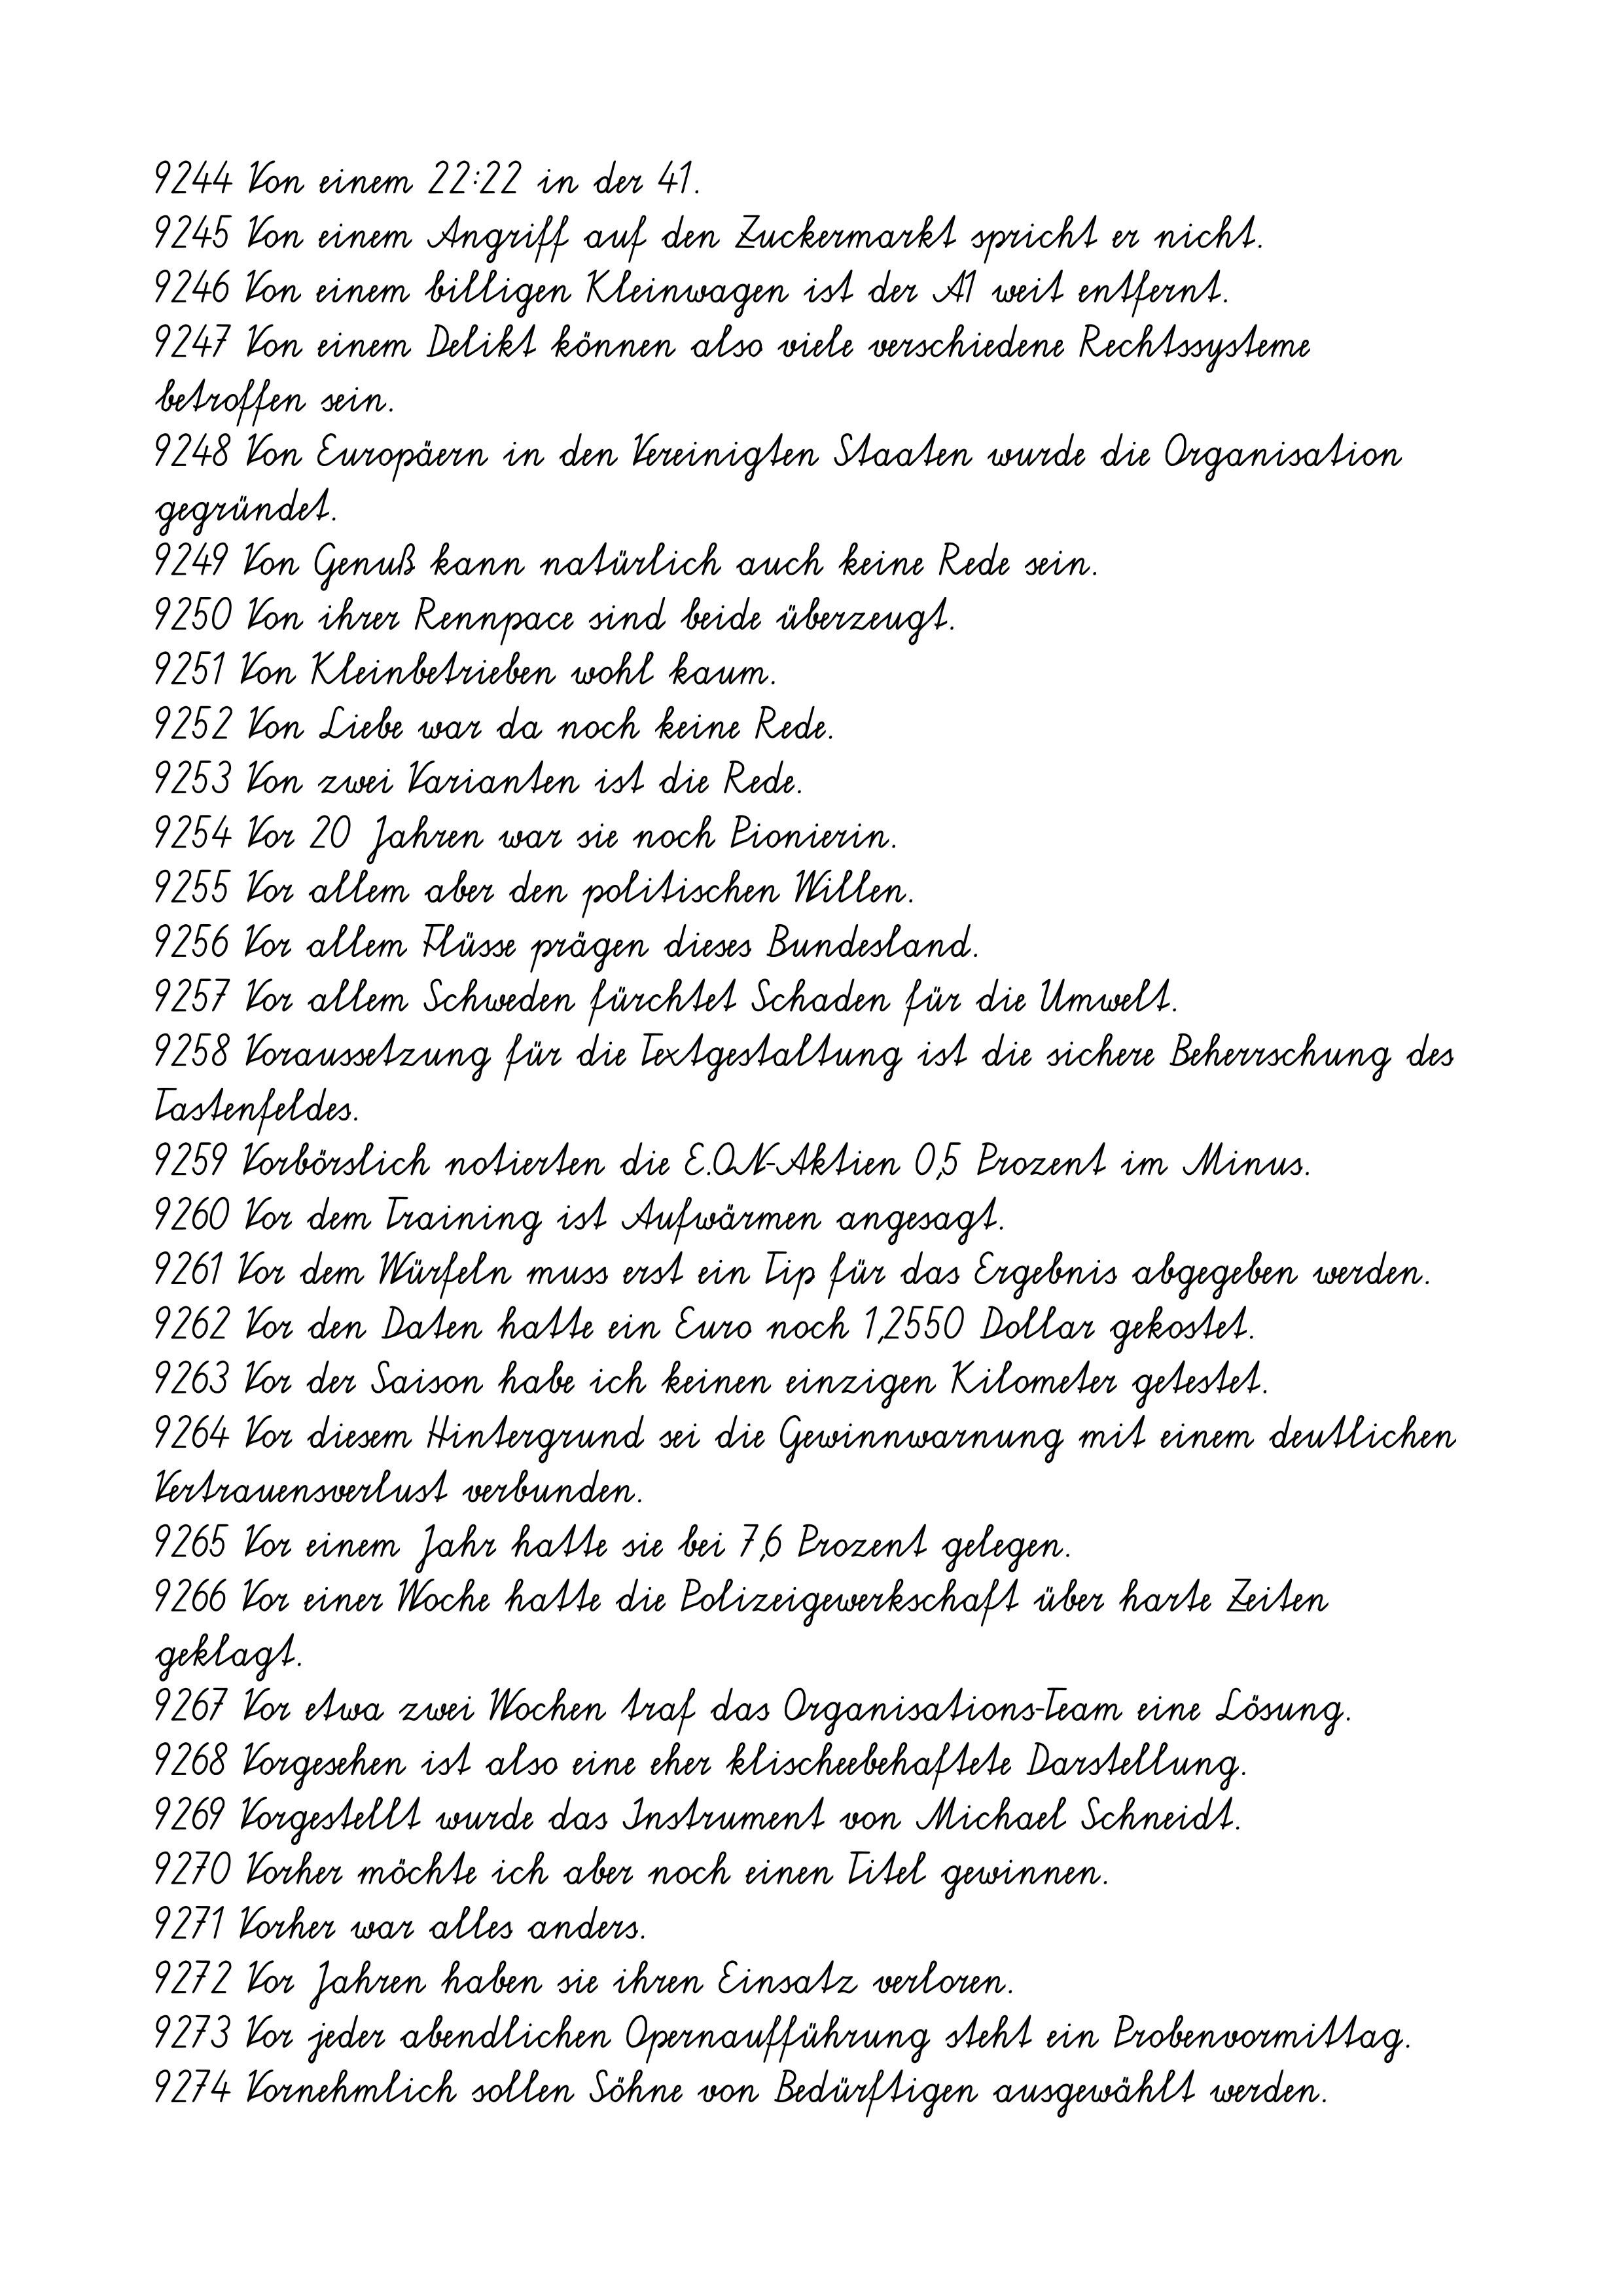
9244 Von einem 22:22 in der 41.
9245 Von einem Angriff auf den Zuckermarkt spricht er nicht.
9246 Von einem billigen Kleinwagen ist der A1 weit entfernt.
9247 Von einem Delikt können also viele verschiedene Rechtssysteme
betroffen sein.
9248 Von Europäern in den Vereinigten Staaten wurde die Organisation
gegründet.
9249 Von Genuß kann natürlich auch keine Rede sein.
9250 Von ihrer Rennpace sind beide überzeugt.
9251 Von Kleinbetrieben wohl kaum.
9252 Von Liebe war da noch keine Rede.
9253 Von zwei Varianten ist die Rede.
9254 Vor 20 Jahren war sie noch Pionierin.
9255 Vor allem aber den politischen Willen.
9256 Vor allem Flüsse prägen dieses Bundesland.
9257 Vor allem Schweden fürchtet Schaden für die Umwelt.
9258 Voraussetzung für die Textgestaltung ist die sichere Beherrschung des
Tastenfeldes.
9259 Vorbörslich notierten die E.ON-Aktien 0,5 Prozent im Minus.
9260 Vor dem Training ist Aufwärmen angesagt.
9261 Vor dem Würfeln muss erst ein Tip für das Ergebnis abgegeben werden.
9262 Vor den Daten hatte ein Euro noch 1,2550 Dollar gekostet.
9263 Vor der Saison habe ich keinen einzigen Kilometer getestet.
9264 Vor diesem Hintergrund sei die Gewinnwarnung mit einem deutlichen
Vertrauensverlust verbunden.
9265 Vor einem Jahr hatte sie bei 7,6 Prozent gelegen.
9266 Vor einer Woche hatte die Polizeigewerkschaft über harte Zeiten
geklagt.
9267 Vor etwa zwei Wochen traf das Organisations-Team eine Lösung.
9268 Vorgesehen ist also eine eher klischeebehaftete Darstellung.
9269 Vorgestellt wurde das Instrument von Michael Schneidt.
9270 Vorher möchte ich aber noch einen Titel gewinnen.
9271 Vorher war alles anders.
9272 Vor Jahren haben sie ihren Einsatz verloren.
9273 Vor jeder abendlichen Opernaufführung steht ein Probenvormittag.
9274 Vornehmlich sollen Söhne von Bedürftigen ausgewählt werden.